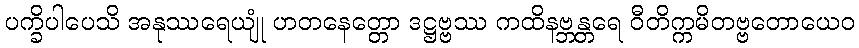
ပက္ခိပါပေသိ အနုဿရေယျုံ ဟတနေတ္တော ဒဋ္ဌဗ္ဗဿ ကထိနဗ္ဘန္တရေ ဝီတိက္ကမိတဗ္ဗတောယေဝ